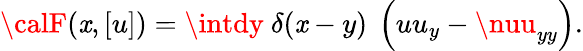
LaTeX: {\calF}(\mathit{x},[u])=\intdy~\delta(\mathit{x}-y)~\left(uu_{y}-\nuu_{yy}\right).